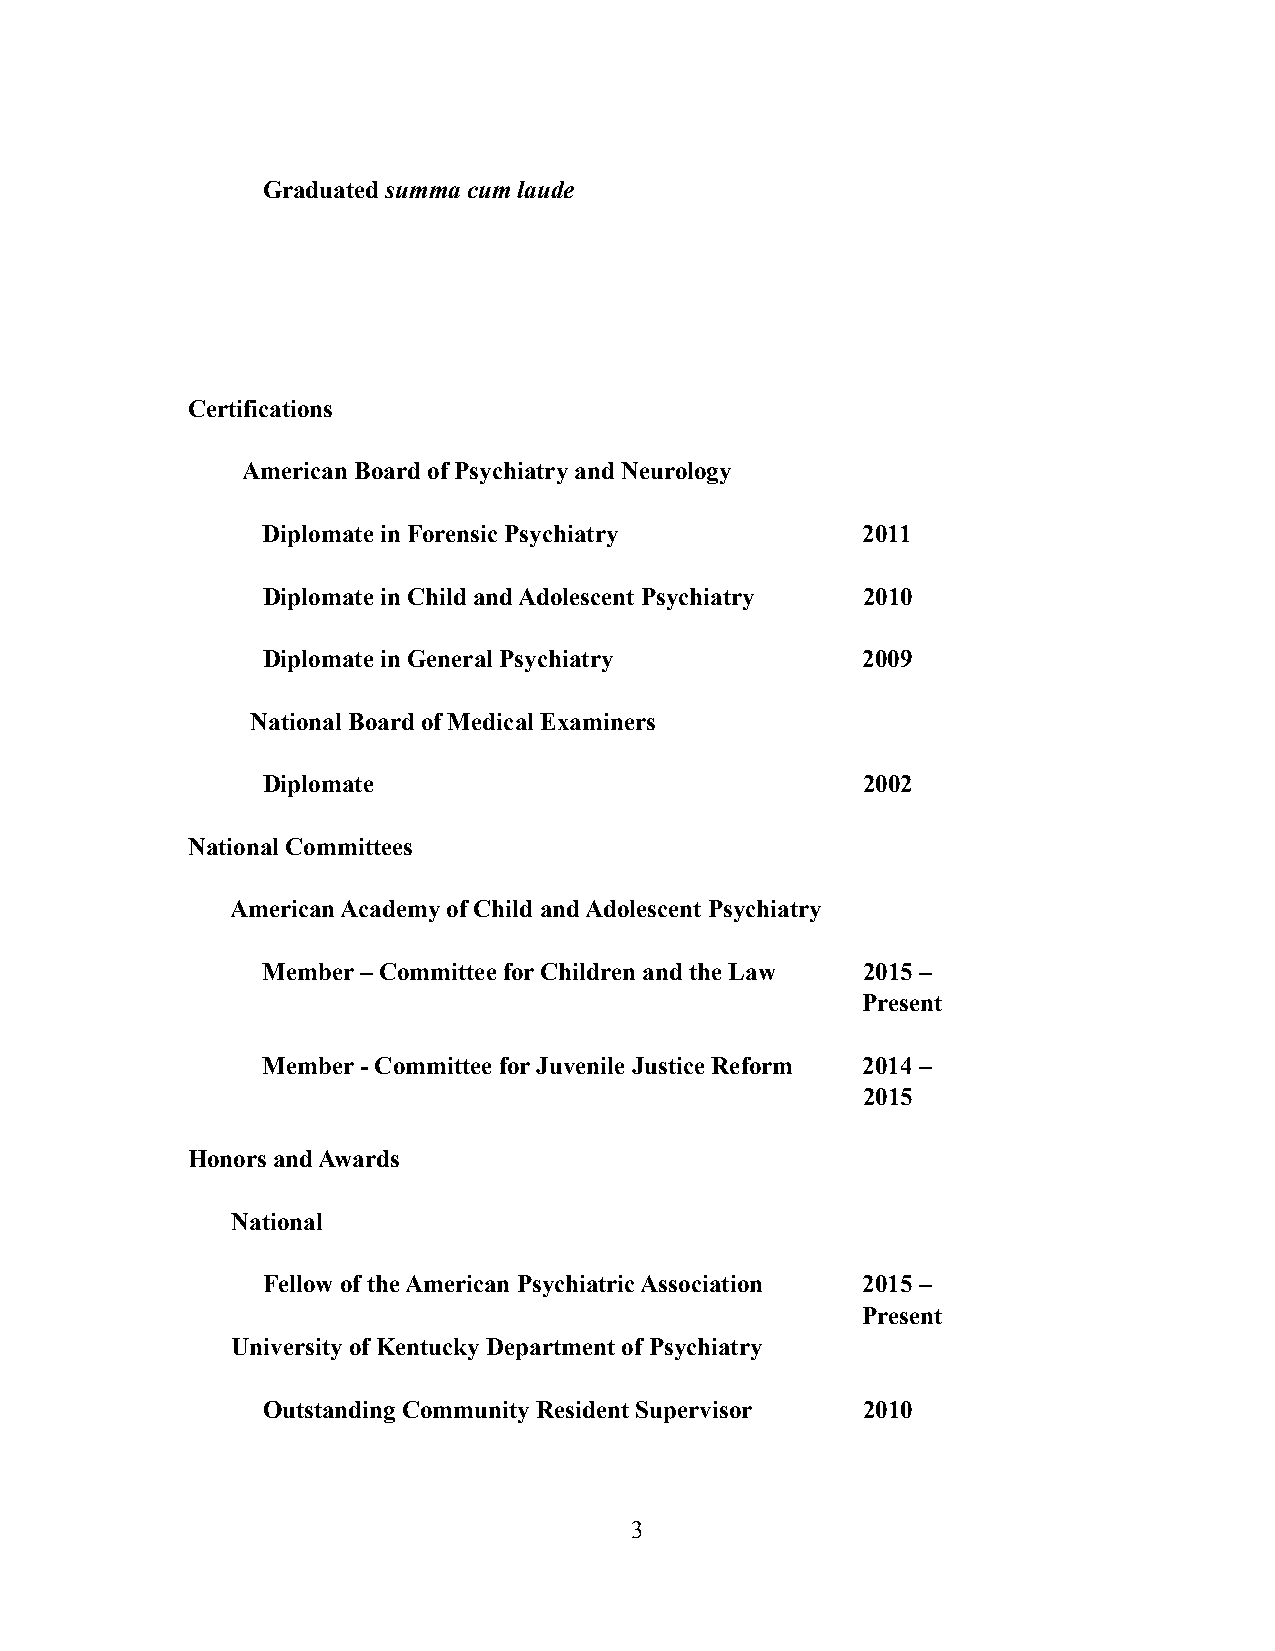
Graduated summa cum laude
 Certifications
 American Board of Psychiatry and Neurology
 Diplomate in Forensic Psychiatry        2011
 Diplomate in Child and Adolescent Psychiatry 2010
 Diplomate in General Psychiatry         2009
 National Board of Medical Examiners
 Diplomate                               2002
 National Committees
 American Academy of Child and Adolescent Psychiatry
 Member – Committee for Children and the Law 2015 –
 Present
 Member - Committee for Juvenile Justice Reform 2014 –
 2015
 Honors and Awards
 National
 Fellow of the American Psychiatric Association 2015 –
 Present
 University of Kentucky Department of Psychiatry
 Outstanding Community Resident Supervisor 2010
 !3